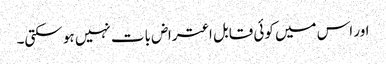
اور اس میں کوئی قابل اعتراض بات نہیں ہو سکتی۔